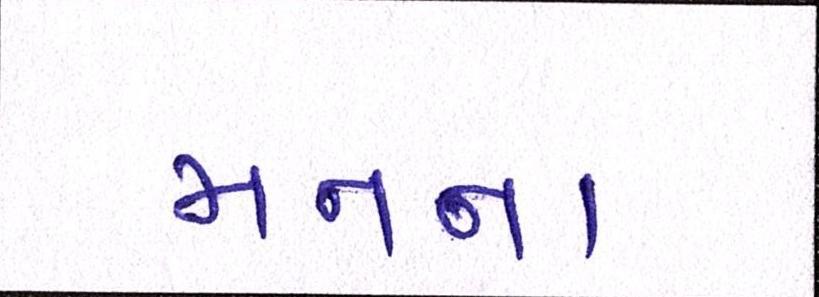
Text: મનના